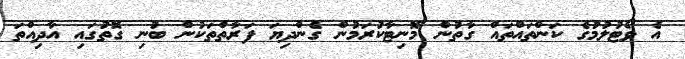
އެ ވޯޓުލުމުގެ ކަންތައްތައް ގާތުން މޮނިޓާކުރަމުން ގެންދިޔަ ފަރާތްތަކުން ބުނި ގޮތުގައި އާދިއްތަ